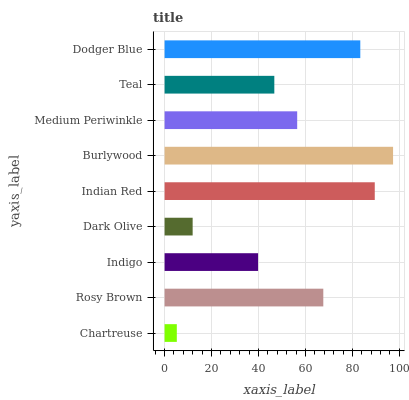
| yaxis_label | bars |
 | --- | --- |
 | Chartreuse | 5.21 |
 | Rosy Brown | 67.6 |
 | Indigo | 39.8 |
 | Dark Olive | 12 |
 | Indian Red | 89.5 |
 | Burlywood | 97.3 |
 | Medium Periwinkle | 56.5 |
 | Teal | 46.7 |
 | Dodger Blue | 83.4 |